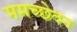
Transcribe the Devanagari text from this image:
ममच्छेदन